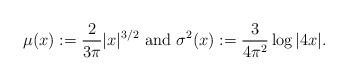
LaTeX: \begin{align*}\mu(x):= \frac{2}{3\pi}|x|^{3/2}\mbox{ and } \sigma^2(x):=\frac{3}{4\pi^2}\log |4x|.\end{align*}